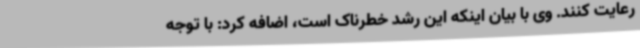
رعایت کنند. وی با بیان اینکه این رشد خطرناک است، اضافه کرد: با توجه